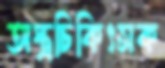
অস্ত্রচিকিৎসক